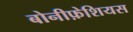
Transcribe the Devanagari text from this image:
बोनीफ़ेशियस